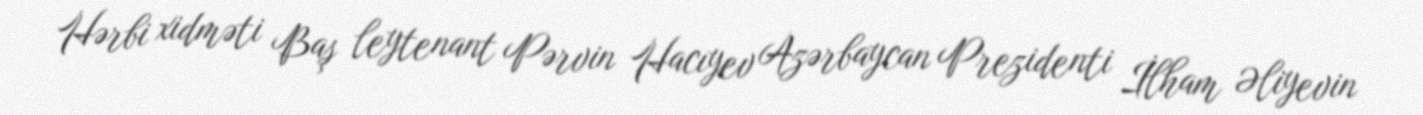
Hərbi xidməti Baş leytenant Pərvin Hacıyev Azərbaycan Prezidenti İlham Əliyevin